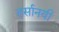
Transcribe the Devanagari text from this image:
हर्सानयी